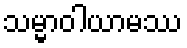
သမ္မာဝါယာမဿ